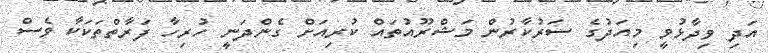
އަދި ވިދާޅުވީ މިއަދުގެ ސަރުކާރުން މަޝްރޫއުތައް ކުރިއަށް ގެންދަނީ ހުރިހާ ފަރާތްތަކަކާ ވެސް